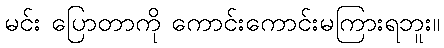
မင်း ပြောတာကို ကောင်းကောင်းမကြားရဘူး။